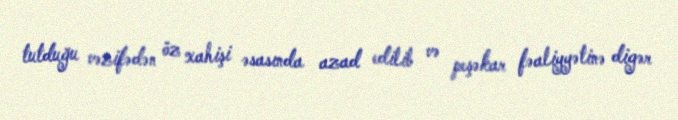
tutduğu vəzifədən öz xahişi əsasında azad edilib və peşəkar fəaliyyətinə digər